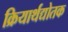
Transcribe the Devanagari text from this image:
क्रियार्थद्योतक